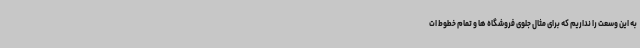
به این وسعت را نداریم که برای مثال جلوی فروشگاه ها و تمام خطوط ات